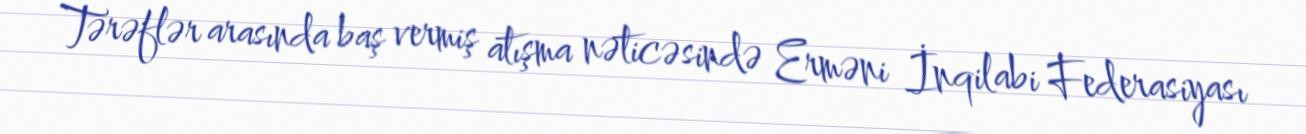
Tərəflər arasında baş vermiş atışma nəticəsində Erməni İnqilabi Federasiyası